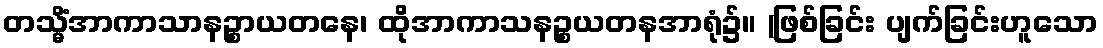
တသ္မိံအာကာသာနဉ္စာယတနေ၊ ထိုအာကာသနဉ္စယတနအာရုံ၌။ (ဖြစ်ခြင်း ပျက်ခြင်းဟူသော